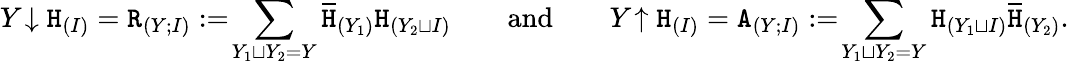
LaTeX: Y\! \downarrow\mathtt{H}_{(I)}=\mathtt{R}_{(Y;I)}:=\! \sum_{Y_{1}\sqcup Y_{2}=Y}\overline{{\mathtt{H}}}_{(Y_{1})}\mathtt{H}_{(Y_{2}\sqcup I)}\qquad\mathrm{and}\qquad Y\! \uparrow\mathtt{H}_{(I)}=\mathtt{A}_{(Y;I)}:=\! \sum_{Y_{1}\sqcup Y_{2}=Y}\mathtt{H}_{(Y_{1}\sqcup I)}\overline{{\mathtt{H}}}_{(Y_{2})}.